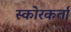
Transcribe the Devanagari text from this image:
स्कोरकर्ता